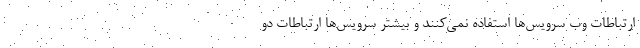
ارتباطات وب سرویس‌ها استفاده نمی‌کنند و بیشتر سرویس‌ها ارتباطات دو